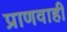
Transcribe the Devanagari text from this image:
प्राणवाही